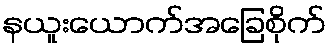
နယူးယောက်အခြေစိုက်